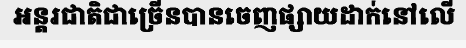
អន្តរជាតិជាច្រើនបានចេញផ្សាយដាក់នៅលើ